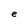
Character: e